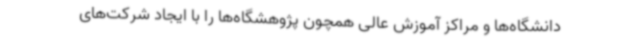
دانشگاه‌ها و مراکز آموزش عالی همچون پژوهشگاه‌ها را با ایجاد شرکت‌های